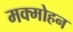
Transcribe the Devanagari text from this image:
मक्मोहन